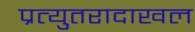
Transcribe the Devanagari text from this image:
प्रत्युतरादाखल